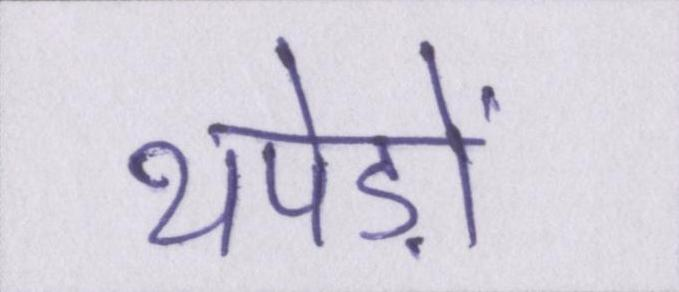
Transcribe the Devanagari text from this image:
थपेड़ों